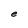
Character: e